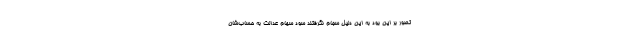
تصور بر این بود به این دلیل سجام نگرفتند سود سهام عدالت به حساب‌شان